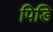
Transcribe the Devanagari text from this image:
पिडि